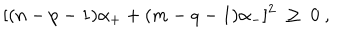
LaTeX: [ ( n - p - 1 ) \alpha _ { + } + ( m - q - 1 ) \alpha _ { - } ] ^ { 2 } \ \geq \ 0 \ ,